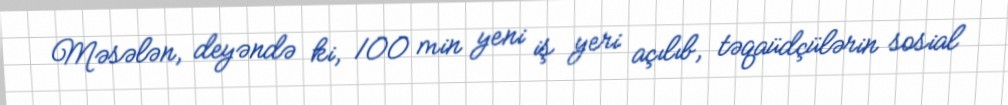
Məsələn, deyəndə ki, 100 min yeni iş yeri açılıb, təqaüdçülərin sosial